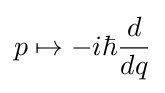
p\mapsto -i\hbar {d \over dq}